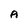
Character: A